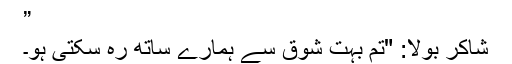
”
شاکر بولا: "تم بہت شوق سے ہمارے ساتھ رہ سکتی ہو۔